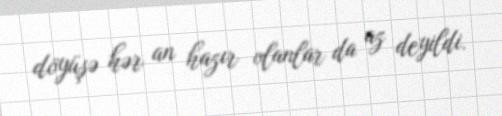
döyüşə hər an hazır olanlar da az deyildi.